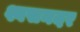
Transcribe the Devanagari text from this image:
श्वसनदर